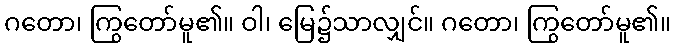
ဂတော၊ ကြွတော်မူ၏။ ဝါ၊ မြေ၌သာလျှင်။ ဂတော၊ ကြွတော်မူ၏။